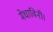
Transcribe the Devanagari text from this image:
मेधाविनी।